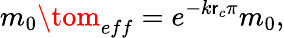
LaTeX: m_{0}\tom_{eff}=e^{-k\mathsf{r}_{c}\pi}m_{0},